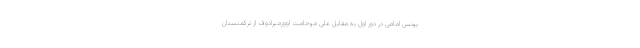
یونس امامی در دور اول به مقابل علی موحامت اووزمیرادوف از ترکمنستان